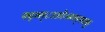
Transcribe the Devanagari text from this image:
फ्द्व्स्८उओज्स्र्फ्म्फ्व्स्कु